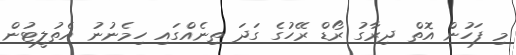
މި ފަހުން އޮތް ދިރާގު ރޯޑް ރޭހުގެ ގަދަ ތިނެއްގައި ހިމެނުނު އެތުލީޓުން